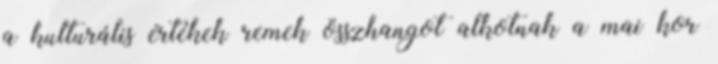
a kulturális értékek remek összhangot alkotnak a mai kor